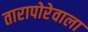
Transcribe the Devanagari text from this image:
तारापोरेवाला